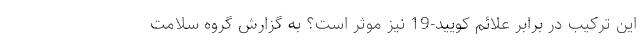
این ترکیب در برابر علائم کویید-19 نیز موثر است؟ به گزارش گروه سلامت